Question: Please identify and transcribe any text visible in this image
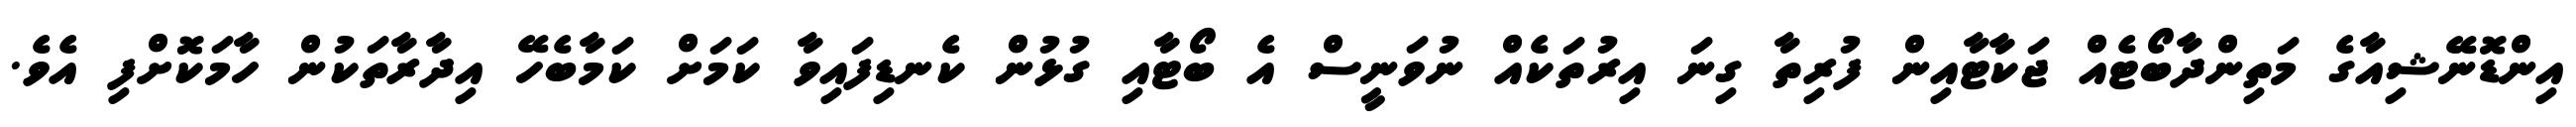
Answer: އިންޑޮނޭޝިއާގެ މަތިންދާބޯޓެއް ޖަކާޓާއިން ފުރިތާ ގިނަ އިރުތަކެއް ނުވަނީސް އެ ބޯޓާއި ގުޅުން ކެނޑިފައިވާ ކަމަށް ކަމާބެހޭ އިދާރާތަކުން ހާމަކޮށްފި އެވެ.